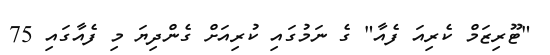
"ޓޫރިޒަމް ކެރިއަ ފެއާ" ގެ ނަމުގައި ކުރިއަށް ގެންދިޔަ މި ފެއާގައި 75